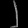
Digit: ၂